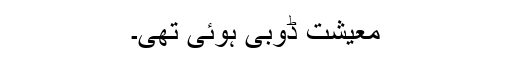
معیشت ڈوبی ہوئی تھی۔